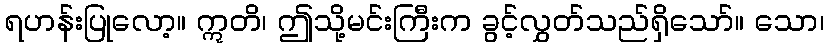
ရဟန်းပြုလော့။ ဣတိ၊ ဤသို့မင်းကြီးက ခွင့်လွှတ်သည်ရှိသော်။ သော၊